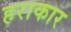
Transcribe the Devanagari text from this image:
हराकार